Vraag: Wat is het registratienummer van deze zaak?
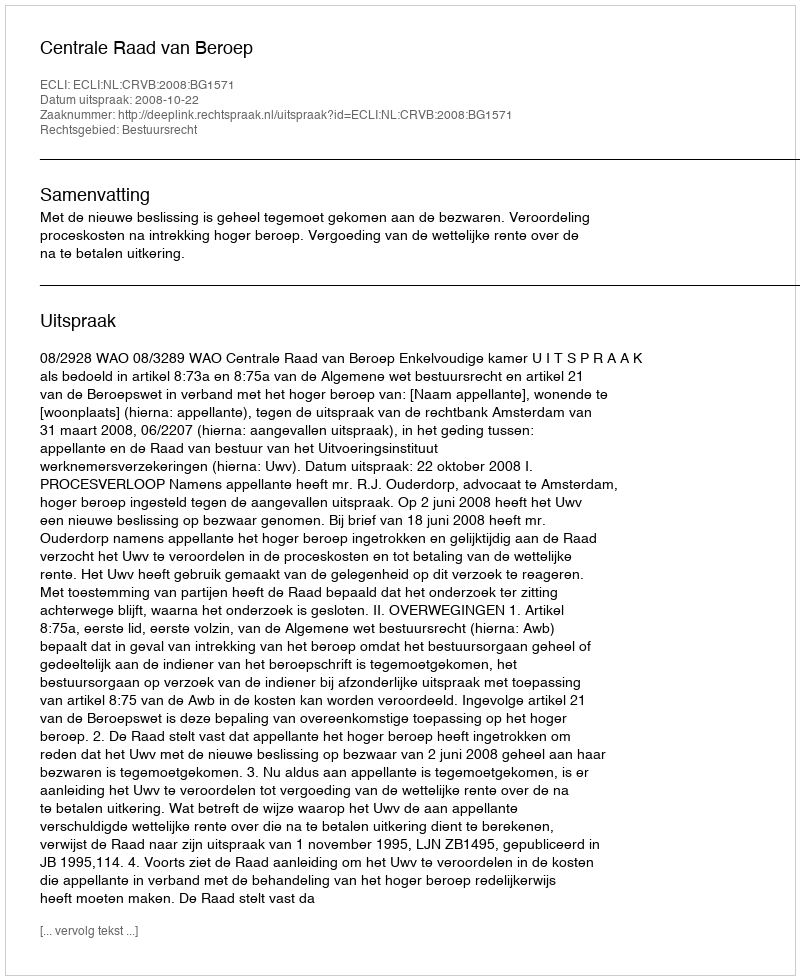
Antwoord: http://deeplink.rechtspraak.nl/uitspraak?id=ECLI:NL:CRVB:2008:BG1571